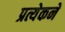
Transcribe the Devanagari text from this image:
प्रत्येकने